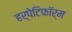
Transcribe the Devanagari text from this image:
हर्पेटिफॉर्म